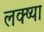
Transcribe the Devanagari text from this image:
लक्ष्‍या